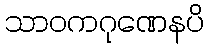
သာဝကဂုဏေနပိ